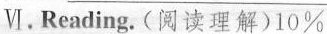
Ⅵ.Reading. (阅读理解)10%